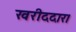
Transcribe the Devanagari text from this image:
खरीददार।